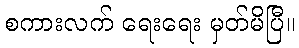
စကားလက် ရေးရေး မှတ်မိပြီ။